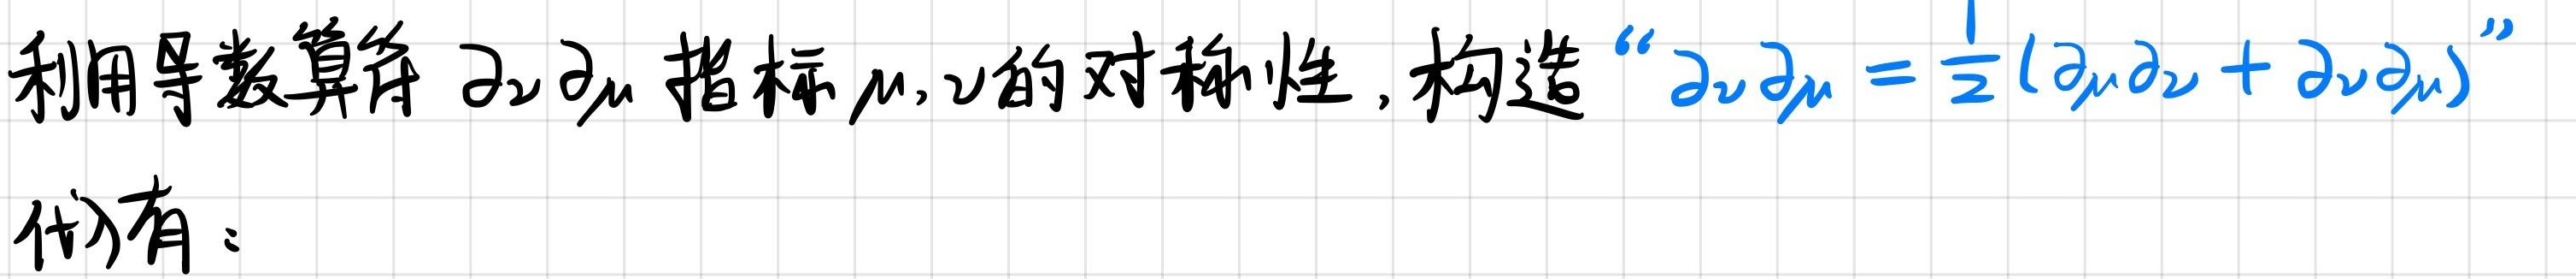
利用导数算符 $\partial_\nu \partial_\mu$ 指标 $\mu, \nu$ 的对称性, 构造 “$\partial_\nu \partial_\mu = \frac{1}{2} (\partial_\mu \partial_\nu + \partial_\nu \partial_\mu)$” 代)有：